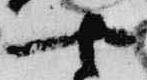
や